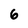
Character: 6